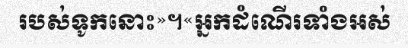
របស់ទូកនោះ»។«អ្នកដំណើរទាំងអស់